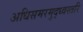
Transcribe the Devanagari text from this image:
अधिसमरमुद्ध्वस्तरि